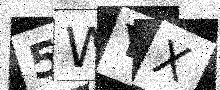
Text: 5WYX